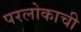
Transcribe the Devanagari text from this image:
परलोकाची